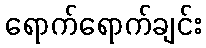
ရောက်ရောက်ချင်း